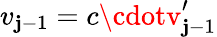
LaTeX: v_{\mathbf{j}-1}=c\cdotv_{\mathbf{j}-1}^{\prime}